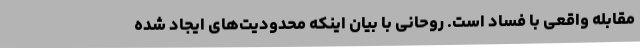
مقابله واقعی با فساد است. روحانی با بیان اینکه محدودیت‌های ایجاد شده